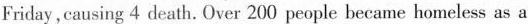
Friday，causing 4 death. Over 200 people became homeless as a